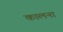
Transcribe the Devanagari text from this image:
कालना